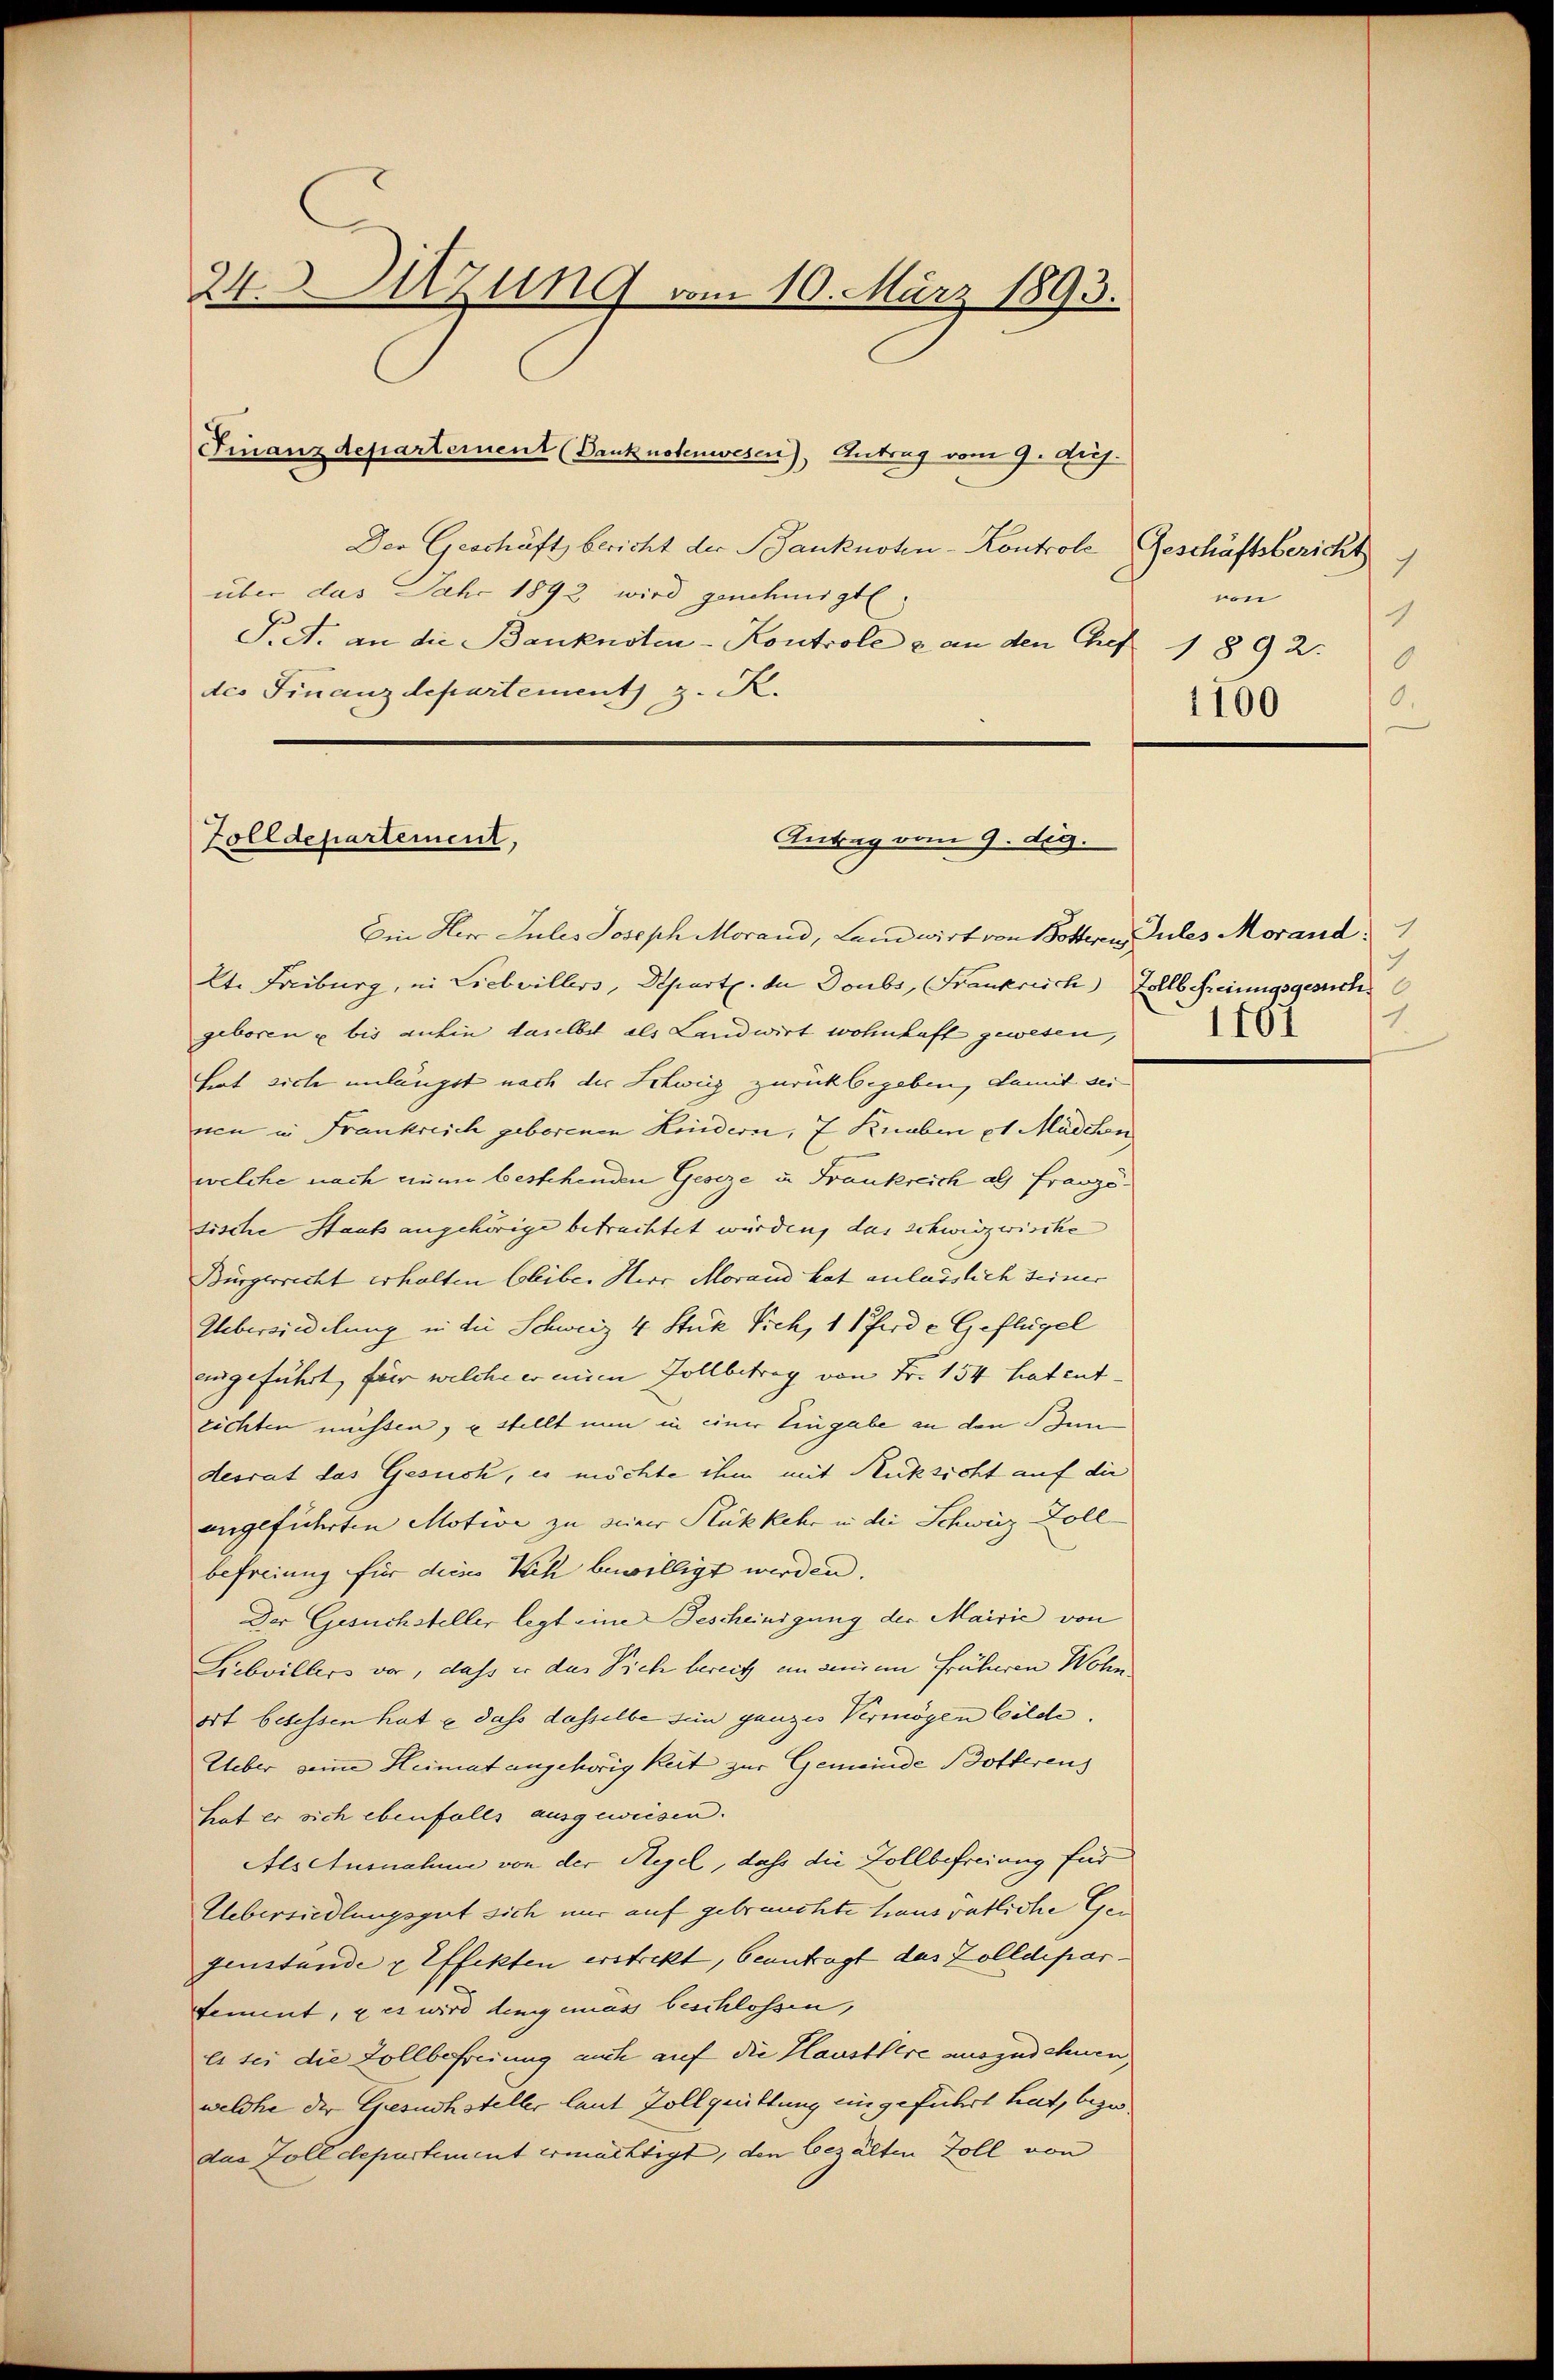
24. Sitzung vom 10. März 1893.
Finanzdepartement (Banknotenwesen), Antrag vom 9. Aug.

Der Geschäft bericht der Banknoten-Kontrole Geschäftsbericht
über das Jahr 1892 wird genehmigt.
Siet. an die Banknoten-Kontrole & an den Chef 1892.
des Finanzdepartement z. R.

Zolldepartement,
Antrag vom 9. dig.

Ein Herr Jules Joseph Morand, Landwirt von Botteren, Pules Morand:
lt. Freiburg, in Liebvillers, Departe. da Doubs, Frankreich Zollbefreiungsgesuch
geboren u bis anhin daselbst als Landwirt wohnhaft gewesen,
hat sich unlängst nach der Schweig zurückbegeben, damit seinen in Frankreich geborenen Kindern, 7 Knaben et Mädchen
welche nach einem bestehenden Geseze u. Frankreich als Franzödische Staats angehörige betrachtet würden, das schwiszwische
Bürgerrecht erhalten bleibe. Herr Morand hat anlässlich seiner |
Uebersiedelung in die Schweiz 4 Stük Vieh, 1 Pferde Geflügel
eingeführt, für welche er mine Zollbetrag von Fr. 154 hat ent-
eichten müssen, u stellt nun in einer Eingabe an den Bun
desrat das Gesuch, es möchte ihm mit Rücksicht auf die
angeführten Motive zu seiner Stükkehr in die Schweiz Zoll-
befreiung für deiss Ich bewilligt werden.
Der Gesuchsteller legt eine Bescheinigung der Mairie von
Liebvillers vor, dass er das Dich bereit ein seinem früheren Wohn
ort besessen hat & dass dasselbe sein ganzes Vermögen bilde,
Ueber seine Heimat angehörigkeit zur Gemeinde Botterens
hat er sich ebenfalls ausgeweisen.
Alschusnahme von der Regel, daß die Zollbefreiung für
Uebersiedlungsgut sich nur auf gebrauchte Hausvätliche Ger
fenstande & Effekten erstrekt, beantragt das Zolldepar- |
dement, u es wird denig emas beschlossen,
Es sei die Zollbefreiung auch auf die Haustlere auszuschnen
welche der Gesuchsteller laut Zollquittung eingeführt hat, bezodas Zolldepartement ermächtigt, den bezalten Zoll von

von
1
9.
1100